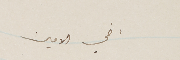
اخي الامين